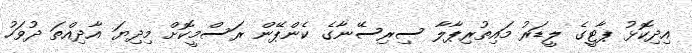
އިދިކޮޅު ޕާޓީގެ ލީޑަރު މައިތުރިޕާލާ ސިރިސޭނާގެ ކެންޕޭން ރަސްމީކޮށް މިދިޔަ އާދިއްތަ ދުވަހު